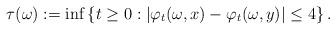
LaTeX: \begin{align*}\tau (\omega) := \inf \left\{ t \geq 0 : \left| \varphi_t ( \omega, x ) - \varphi_t ( \omega, y ) \right| \leq 4 \right\}.\end{align*}